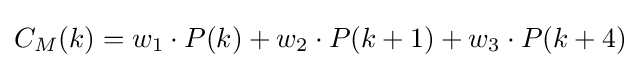
C_{M}(k)=w_{1}\cdot P(k)+w_{2}\cdot P(k+1)+w_{3}\cdot P(k+4)